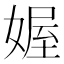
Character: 媉